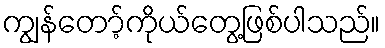
ကျွန်တော့်ကိုယ်တွေ့ဖြစ်ပါသည်။